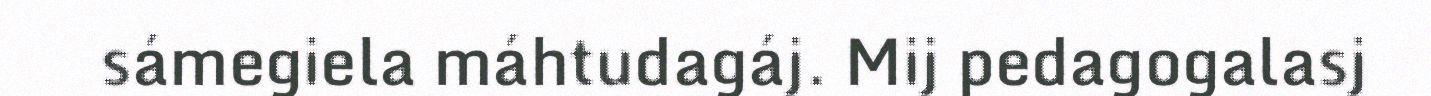
sámegiela máhtudagáj. Mij pedagogalasj